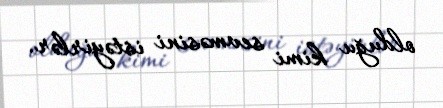
olduğu kimi sevməsini istəyirlər.